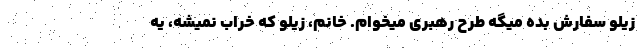
زیلو سفارش بده میگه طرح رهبری میخوام. خانم، زیلو که خراب نمیشه، یه